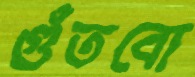
গুঁতবো